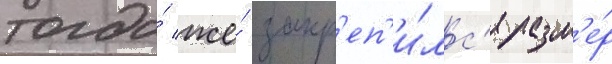
тогда́ же́ закр'еп'и́лс'я разм'е́р